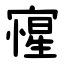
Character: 㝭